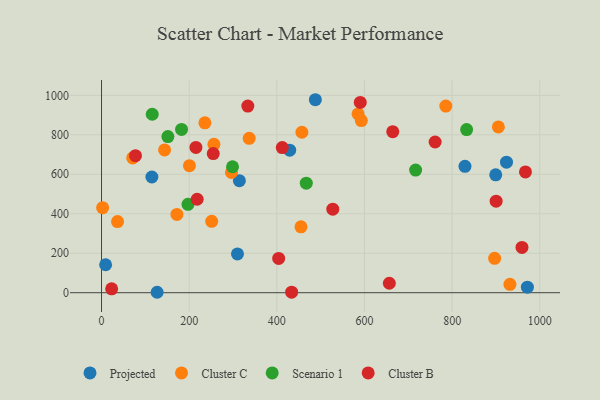
{"axis": {"x": "Distance", "y": "Yield"}, "legend": ["Cluster B", "Cluster C", "Projected", "Scenario 1"], "data": [{"x": "829.3", "y": 640.3, "type": "Projected"}, {"x": "899.5", "y": 597.3, "type": "Projected"}, {"x": "310.2", "y": 196.4, "type": "Projected"}, {"x": "114.9", "y": 586.2, "type": "Projected"}, {"x": "9.3", "y": 141.7, "type": "Projected"}, {"x": "924.1", "y": 661.5, "type": "Projected"}, {"x": "314.5", "y": 567.4, "type": "Projected"}, {"x": "487.9", "y": 977.7, "type": "Projected"}, {"x": "126.9", "y": 2.2, "type": "Projected"}, {"x": "429.4", "y": 722.0, "type": "Projected"}, {"x": "971.7", "y": 28.0, "type": "Projected"}, {"x": "235.9", "y": 860.7, "type": "Cluster C"}, {"x": "592.8", "y": 872.3, "type": "Cluster C"}, {"x": "905.5", "y": 839.7, "type": "Cluster C"}, {"x": "585.3", "y": 905.9, "type": "Cluster C"}, {"x": "931.9", "y": 42.7, "type": "Cluster C"}, {"x": "71.1", "y": 682.8, "type": "Cluster C"}, {"x": "897.0", "y": 174.1, "type": "Cluster C"}, {"x": "256.4", "y": 752.0, "type": "Cluster C"}, {"x": "2.5", "y": 430.7, "type": "Cluster C"}, {"x": "785.6", "y": 945.7, "type": "Cluster C"}, {"x": "336.9", "y": 782.1, "type": "Cluster C"}, {"x": "172.0", "y": 396.4, "type": "Cluster C"}, {"x": "143.9", "y": 723.6, "type": "Cluster C"}, {"x": "200.6", "y": 643.5, "type": "Cluster C"}, {"x": "36.5", "y": 360.2, "type": "Cluster C"}, {"x": "455.1", "y": 333.6, "type": "Cluster C"}, {"x": "296.5", "y": 609.0, "type": "Cluster C"}, {"x": "457.2", "y": 812.9, "type": "Cluster C"}, {"x": "251.4", "y": 361.9, "type": "Cluster C"}, {"x": "467.2", "y": 554.8, "type": "Scenario 1"}, {"x": "298.9", "y": 638.1, "type": "Scenario 1"}, {"x": "197.3", "y": 447.9, "type": "Scenario 1"}, {"x": "182.6", "y": 827.0, "type": "Scenario 1"}, {"x": "151.4", "y": 791.1, "type": "Scenario 1"}, {"x": "115.7", "y": 904.1, "type": "Scenario 1"}, {"x": "833.1", "y": 826.4, "type": "Scenario 1"}, {"x": "716.7", "y": 621.4, "type": "Scenario 1"}, {"x": "664.5", "y": 815.6, "type": "Cluster B"}, {"x": "967.3", "y": 612.1, "type": "Cluster B"}, {"x": "77.5", "y": 694.1, "type": "Cluster B"}, {"x": "656.7", "y": 47.8, "type": "Cluster B"}, {"x": "215.4", "y": 736.2, "type": "Cluster B"}, {"x": "254.9", "y": 704.8, "type": "Cluster B"}, {"x": "433.8", "y": 2.6, "type": "Cluster B"}, {"x": "900.4", "y": 463.8, "type": "Cluster B"}, {"x": "527.7", "y": 423.4, "type": "Cluster B"}, {"x": "404.2", "y": 173.5, "type": "Cluster B"}, {"x": "333.8", "y": 945.6, "type": "Cluster B"}, {"x": "218.2", "y": 473.4, "type": "Cluster B"}, {"x": "761.2", "y": 763.6, "type": "Cluster B"}, {"x": "590.4", "y": 964.1, "type": "Cluster B"}, {"x": "959.4", "y": 229.4, "type": "Cluster B"}, {"x": "23.1", "y": 19.5, "type": "Cluster B"}, {"x": "412.4", "y": 735.4, "type": "Cluster B"}]}